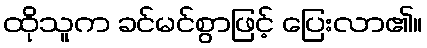
ထိုသူက ခင်မင်စွာဖြင့် ပြေးလာ၏။